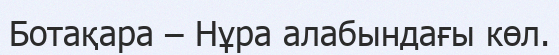
Ботақара – Нұра алабындағы көл.